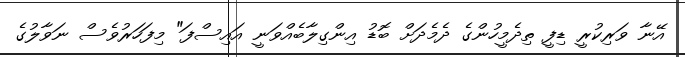
އޭނާ ވަރިކުރީ ޑިފީ ތިދެމީހުންގެ ދެމެދަށް ބޮޑު އިންގިލާބެއްވަނީ އައިސްފަ" މިފަހަރުވެސް ނަވާލުގެ